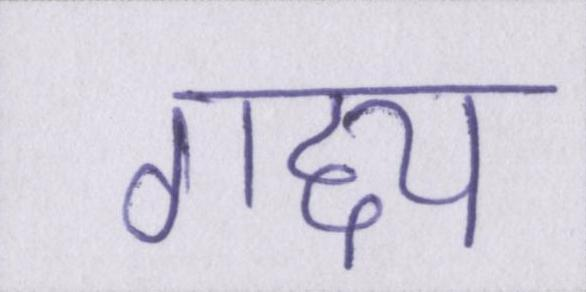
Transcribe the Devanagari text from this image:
गद्द्य